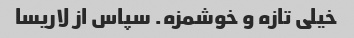
خیلی تازه و خوشمزه. ‌سپاس از لاریسا